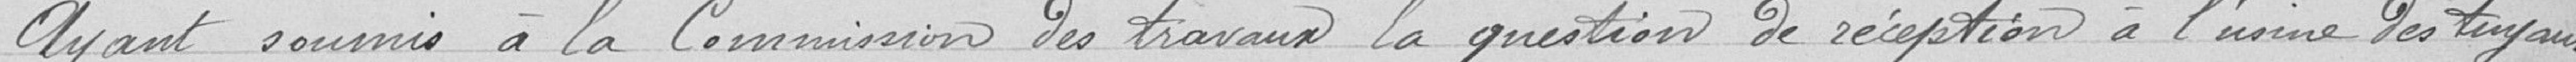
Ayant soumis à la commission des travaux la question de réception à l'usine des tuyaux